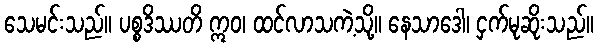
သေမင်းသည်။ ပစ္စဒိဿတိ ဣဝ၊ ထင်လာသကဲ့သို့။ နေသာဒေါ၊ ငှက်မုဆိုးသည်။